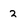
Character: 2